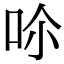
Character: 𠰒